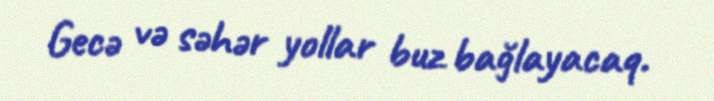
Gecə və səhər yollar buz bağlayacaq.